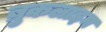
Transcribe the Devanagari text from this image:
ब्रुकलाइन